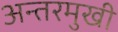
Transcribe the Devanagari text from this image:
अन्तरमुखी